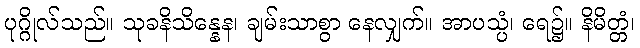
ပုဂ္ဂိုလ်သည်။ သုခနိသိန္နေန၊ ချမ်းသာစွာ နေလျှက်။ အာပသ္ပံ၊ ရေ၌။ နိမိတ္တံ၊